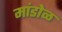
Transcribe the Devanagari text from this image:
मांडोळ